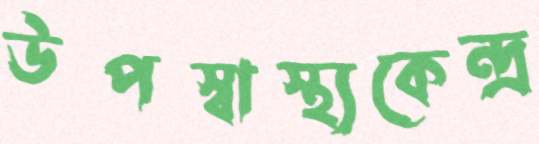
উপস্বাস্থ্যকেন্দ্র